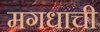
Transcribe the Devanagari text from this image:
मगधाची